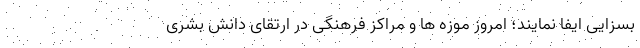
بسزایی ایفا نمایند؛ امروز موزه ها و مراکز فرهنگی در ارتقای دانش بشری